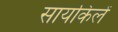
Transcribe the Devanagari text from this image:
सायकिलें